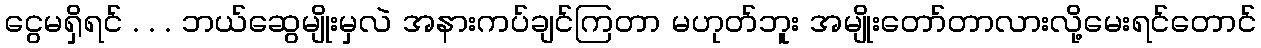
ငွေမရှိရင် . . . ဘယ်ဆွေမျိုးမှလဲ အနားကပ်ချင်ကြတာ မဟုတ်ဘူး အမျိုးတော်တာလားလို့မေးရင်တောင်